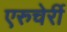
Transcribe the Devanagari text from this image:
एरुचेर्री